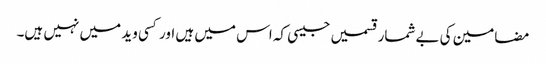
مضامین کی بےشمار قسمیں جیسی کہ اس میں ہیں اور کسی وید میں نہیں ہیں۔